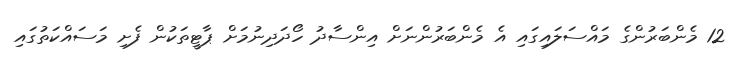
12 މެންބަރުންގެ މައްސަލައިގައި އެ މެންބަރުންނަށް އިންސާދު ހޯދަދިނުމަށް ޕާޓީތަކުން ފެށި މަސައްކަތުގައި